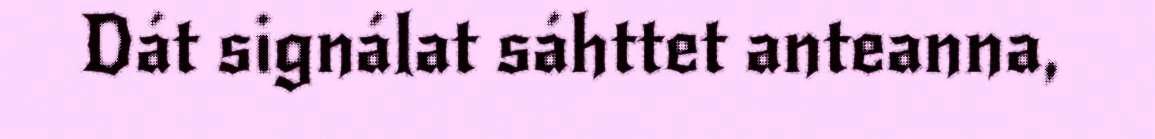
Dát signálat sáhttet anteanna,